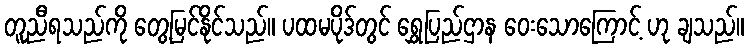
တူညီရသည်ကို တွေ့မြင်နိုင်သည်။ ပထမပိုဒ်တွင် ရွှေပြည်ဌာန ဝေးသောကြောင့် ဟု ချသည်။